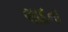
લાદના